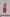
Text: 1